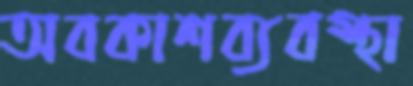
অবকাশব্যবস্থা